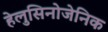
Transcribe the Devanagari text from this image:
हेलुसिनोजेनिक